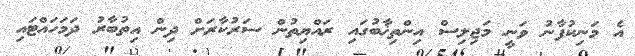
އެ މަނިކުފާނު ވަނީ މަޖިލިސް އިންތިޚާބުގައި ރައްޔިތުން ސަރުކާރަށް ދިން އިތުބާރު ދަމަހައްޓައި